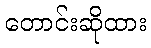
တောင်းဆိုထား